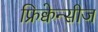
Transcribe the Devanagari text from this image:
फ्रिक्वेन्सीज